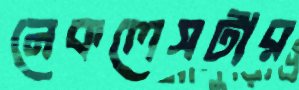
নেকলেসটার